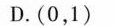
)D.(0，1)